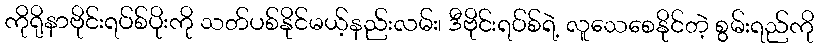
ကိုရိုနာဗိုင်းရပ်စ်ပိုးကို သတ်ပစ်နိုင်မယ့်နည်းလမ်း၊ ဒီဗိုင်းရပ်စ်ရဲ့ လူသေစေနိုင်တဲ့ စွမ်းရည်ကို